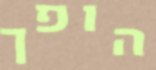
הופך